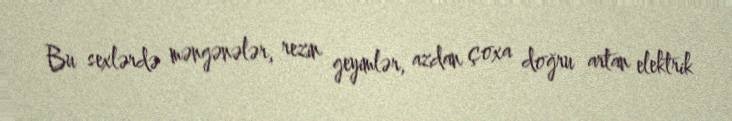
Bu sexlərdə məngənələr, rezin geyimlər, azdan çoxa doğru artan elektrik